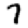
Digit: 7